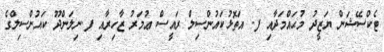
ޓެކްސޭޝަން ޔަޒީދު މުޙައްމަދާއި ފ. އަތޮޅުކައުންސިލް ރައީސް ޢުމަރު ޒާހިރާއި ފ.ނިލަންދޫ ކައުންސިލްގެ